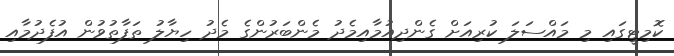
ކޮމިޓީގައި މި މައްސަލަ ކުރިއަށް ގެންދިއުމާއިމެދު މެންބަރުންގެ މެދު ހިޔާލު ތަފާތުވުން އުފެދުމާއި